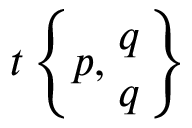
t \left\{ p , { q \atop q } \right\}